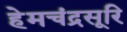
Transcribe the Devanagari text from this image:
हेमचंद्रसूरि